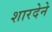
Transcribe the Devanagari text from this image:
शारदेने